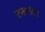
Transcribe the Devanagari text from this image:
रक्तरत।